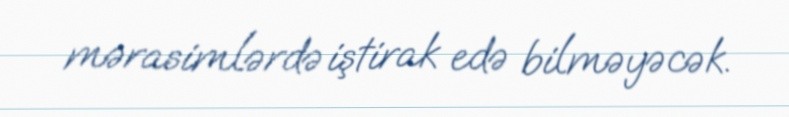
mərasimlərdə iştirak edə bilməyəcək.